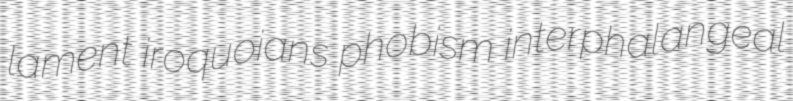
lament iroquoians phobism interphalangeal